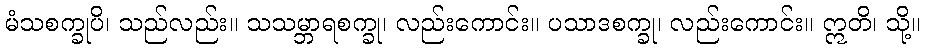
မံသစက္ခုပိ၊ သည်လည်း။ သသမ္ဘာရစက္ခု၊ လည်းကောင်း။ ပသာဒစက္ခု၊ လည်းကောင်း။ ဣတိ၊ သို့။